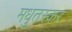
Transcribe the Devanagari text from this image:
मधुतस्कर